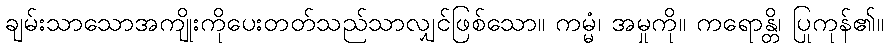
ချမ်းသာသောအကျိုးကိုပေးတတ်သည်သာလျှင်ဖြစ်သော။ ကမ္မံ၊ အမှုကို။ ကရောန္တိ၊ ပြုကုန်၏။